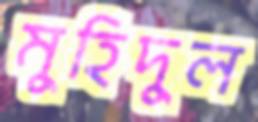
মুহিদুল